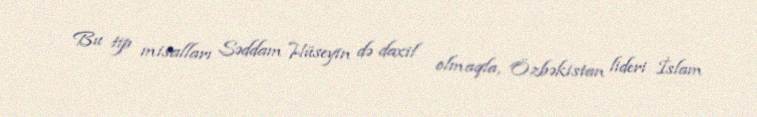
Bu tip misalları Səddam Hüseyin də daxil olmaqla, Özbəkistan lideri İslam